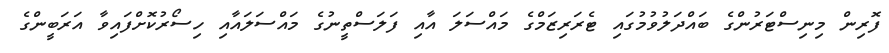
ފޮރިން މިނިސްޓަރުންގެ ބައްދަލުވުމުގައި ޓެރަރިޒަމްގެ މައްސަލަ އާއި ފަލަސްތީނުގެ މައްސަލައާއި ހިސޯރުކޮށްފައިވާ އަރަބީންގެ